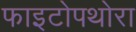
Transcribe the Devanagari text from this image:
फाइटोपथोरा